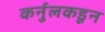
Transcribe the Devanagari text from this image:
कर्नुलकडून